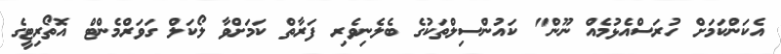
އެކަންކަމަށް ހުރަސްއެޅުމެއް ނޫން" ކައުންސިލްތަކުގެ ބެލެނިވެރި ފަރާތް ކަމަށްވާ ލޯކަލް ގަވަރްމެންޓް އޮތޯރިޓީގެ